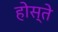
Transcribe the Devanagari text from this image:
होस्ते